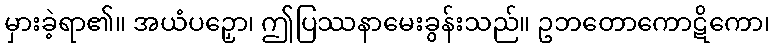
မှားခဲ့ရာ၏။ အယံပဉှော၊ ဤပြဿနာမေးခွန်းသည်။ ဥဘတောကောဋိကော၊